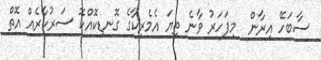
ސާބަހޭ އިރާން  މިފަހަރު ވާނެ ތިޔަ އެމެރިކާގެ ގޮނޑިކޮއްކޮ ސަރުކާރެއް އޮތް